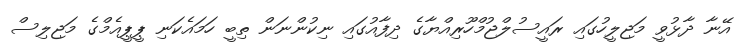
އޭނާ ދާޅުވީ މަޖިލީހުގައި ރައީސުލްޖުމްހޫރިއްޔާގެ ދިފާއުގައި ނިކުންނަން ތިބީ ހަމައެކަނި ޕީޕީއެމްގެ މަޖިލިސް